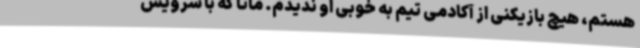
هستم، هیچ بازیکنی از آکادمی تیم به خوبی او ندیدم. ماتا که با سرویس